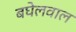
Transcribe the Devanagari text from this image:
बघेलवाल